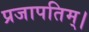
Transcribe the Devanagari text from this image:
प्रजापतिम्।